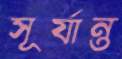
সূর্যান্ত